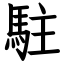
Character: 駐